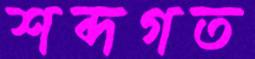
শব্দগত